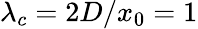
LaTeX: \lambda_{c}=2D/x_{0}=1